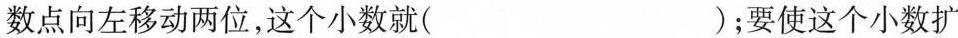
数点向左移动两位，这个小数就( )；要使这个小数扩